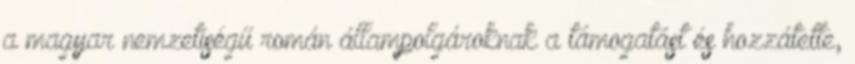
a magyar nemzetiségű román állampolgároknak a támogatást és hozzátette,